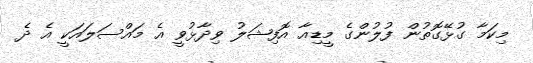
މިކަމާ ގުޅޭގޮތުން ފުލުންގެ މީޑިއާ އޮފިޝަލު ވިދާޅުވީ އެ މައްސަލައަކީ އެ ދެ